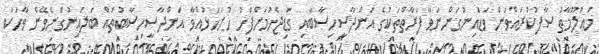
މަޢުލޫމާތު ސާފުކުރައްވަން ވަޑައިނުގަންނަވާ ފަރާތްތަކުގެ އަންދާސީހިސާބާއި ގަޑިޖެހުމަށްފަހު ހުށަހަޅުއްވާ އަންދާސީހިސާބުތައް ބަލައިނުގަނެވޭނެ ވާހަކަ